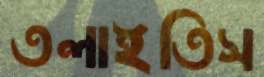
তলাইতিস